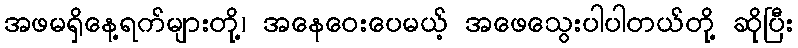
အဖမရှိနေ့ရက်များတို့၊ အနေဝေးပေမယ့် အဖေသွေးပါပါတယ်တို့ ဆိုပြီး